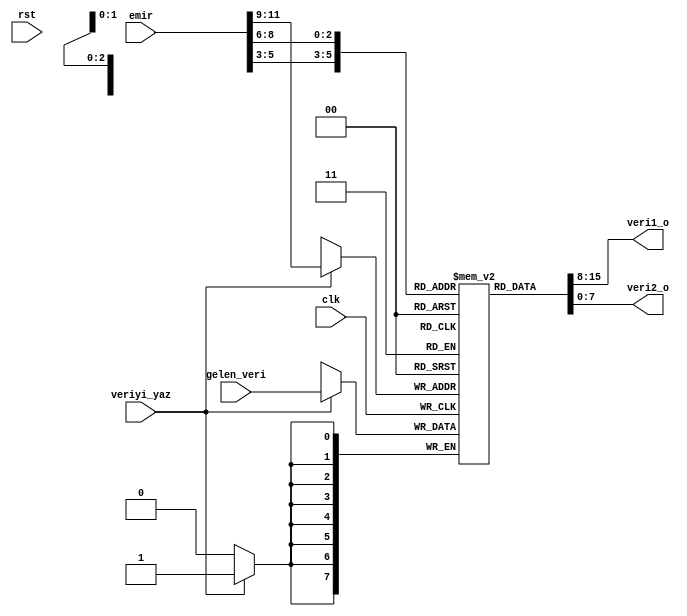

module hafiza( 
                input clk,
                input rst,
                
                input [15:0]emir,
                
                input [7:0] gelen_veri,
                
                output [7:0] veri1_o,
                output [7:0] veri2_o,
                
                input veriyi_yaz
                 );
                
                
 reg [7:0] hafiza [7:0];
 
 wire [2:0] veri1_nerede;
 wire [2:0] veri2_nerede;
 
 wire [2:0] veriyi_buraya_kaydet;
 
 
 
 assign veri1_nerede = emir[5:3];
 assign veri2_nerede = emir[8:6];
 
 assign veri1_o = hafiza[veri1_nerede];
 assign veri2_o = hafiza[veri2_nerede];
 
 
 
 initial begin
   hafiza[0] = 8'd12;
   hafiza[1] = 8'd7;
   
   hafiza[2] = 8'd4;
   hafiza[3] = 8'd43;
   
   hafiza[4] = 8'd1;
   hafiza[5] = 8'd4;
   
   hafiza[6] = 8'd26;
   hafiza[7] = 8'd40;
 
 end 
 
 
 assign veriyi_buraya_kaydet = emir[11:9]; 
 
 always @(posedge clk) begin
 
    if (veriyi_yaz) begin
        hafiza[veriyi_buraya_kaydet] <= gelen_veri;
    end
 
 end 
 
 
 
 
 



endmodule